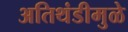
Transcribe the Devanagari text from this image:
अतिथंडीमुळे